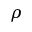
\rho